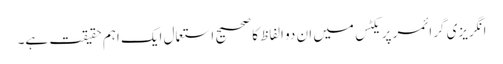
انگریزی گرائمر پریکٹس میں ان دو الفاظ کا صحیح استعمال ایک اہم حقیقت ہے۔